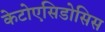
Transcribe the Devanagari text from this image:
केटोएसिडोसिस